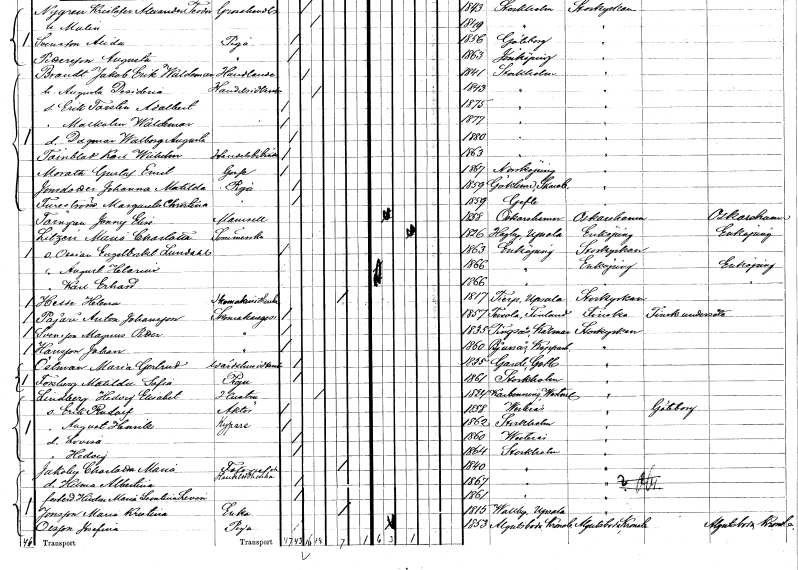
gt_parse: households: individuals: FN: Dagmar Walborg Augusta
KON: K
CIV: O
FODAR: 1880
FODFORS: Stockholm
FN: Karl Wilhelm
EN: Toinblad
YRKE: Handelsbiträde
KON: M
CIV: O
FODAR: 1863
FODFORS: Stockholm
FN: Gustaf Emil
EN: Morath
KON: M
CIV: O
FODAR: 1867
FODFORS: Norrköping Östergötlands län
FN: Johanna Matilda
EN: Jonsdotter
YRKE: Piga
KON: K
CIV: O
FODAR: 1859
FODFORS: Gökhem Skaraborgs län
FN: Margareta Christina
EN: Tureström
YRKE: Piga
KON: K
CIV: O
FODAR: 1859
FODFORS: Gävle Gävleborgs län
FN: Jenny Elise
EN: Törngren
KON: K
CIV: O
FODAR: 1858
FODFORS: Oskarshamn Kalmar län
FN: Maria Charlotta
EN: Litzen
YRKE: Sömmerska
KON: K
CIV: G
FODAR: 1826
FODFORS: Hagby Uppsala län
FN: Ossian Engelbrekt
EN: Lundahl
KON: M
CIV: O
FODAR: 1863
FODFORS: Enköping Uppsala län
FN: August Helarius
KON: M
CIV: O
FODAR: 1866
FODFORS: Enköping Uppsala län
FN: Karl Erhard
KON: M
CIV: O
FODAR: 1866
FODFORS: Enköping Uppsala län
FN: Helena
EN: Hesse
YRKE: Skomakareänka
KON: K
CIV: E
FODAR: 1817
FODFORS: Tierp Uppsala län
FN: Pajari Anton
EN: Johansson
YRKE: Skomakaregesäll
KON: M
CIV: O
FODAR: 1857
FN: Magnus Petter
EN: Svensson
YRKE: Skomakaregesäll
KON: M
CIV: O
FODAR: 1835
FODFORS: Tingsås Kronobergs län
FN: Johan
EN: Hansson
YRKE: Skomakaregesäll
KON: M
CIV: O
FODAR: 1860
FODFORS: Bjursås Kopparbergs län
FN: Maria Gertrud
EN: Östman
YRKE: Värdshusidkerska
KON: K
CIV: O
FODAR: 1855
FODFORS: Garde Gotlands län
FN: Matilda Sofia
EN: Forsberg
YRKE: Piga
KON: K
CIV: O
FODAR: 1861
FODFORS: Stockholm
FN: Hedvig Elisabet
EN: Lindberg
YRKE: Hustru
KON: K
CIV: G
FODAR: 1824
FODFORS: Karbenning Västmanlands län
FN: Erik Rudolf
YRKE: Aktör
KON: M
CIV: O
FODAR: 1858
FODFORS: Västerås Västmanlands län
FN: August Henrik
YRKE: Kypare
KON: M
CIV: O
FODAR: 1862
FODFORS: Stockholm
FN: Lovisa
KON: K
CIV: O
FODAR: 1860
FODFORS: Västerås Västmanlands län
FN: Hedvig
KON: K
CIV: O
FODAR: 1864
FODFORS: Stockholm
FN: Charlotta Maria
EN: Jakoby
YRKE: Fotograf Handelsidkareänka
KON: K
CIV: E
FODAR: 1840
FODFORS: Stockholm
FN: Hilma Albertina
KON: K
CIV: O
FODAR: 1867
FODFORS: Stockholm
FN: Hildur Maria Leontina
EN: Leven
KON: K
CIV: O
FODAR: 1861
FODFORS: Stockholm
FN: Maria Kristina
EN: Jonsson
YRKE: Änka
KON: K
CIV: E
FODAR: 1815
FODFORS: Vallby Uppsala län
FN: Josefina
EN: Olsson
YRKE: Piga
KON: K
CIV: O
FODAR: 1853
FODFORS: Algutsboda Kalmar län